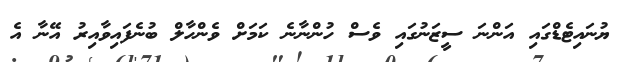
ޔުނައިޓެޑްގައި އަންނަ ސީޒަނުގައި ވެސް ހުންނާނެ ކަމަށް ވެންހާލް ބުނެފައިވާއިރު އޭނާ އެ